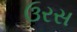
ઉરસ